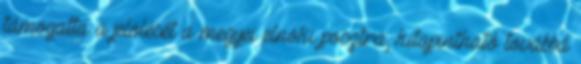
támogatta a jelölését a megyei elnöki posztra; kitapintható továbbá